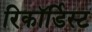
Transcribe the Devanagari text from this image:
रिकॉर्डिस्ट